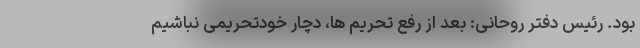
بود. رئیس دفتر روحانی: بعد از رفع تحریم ها، دچار خودتحریمی نباشیم